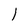
Character: 1